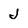
Character: j